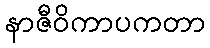
နာဇီဝိကာပကတာ